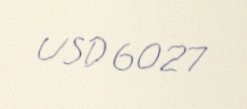
USD 6027